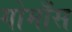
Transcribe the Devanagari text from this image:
गोमाँस